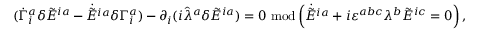
( \dot { \Gamma } _ { i } ^ { a } \delta \tilde { E } ^ { i a } - \dot { \tilde { E } ^ { i a } } \delta \Gamma _ { i } ^ { a } ) - \partial _ { i } ( i \hat { \lambda } ^ { a } \delta \tilde { E } ^ { i a } ) = 0 \ \mathrm { m o d } \left( \dot { \tilde { E } ^ { i a } } + i \varepsilon ^ { a b c } \lambda ^ { b } \tilde { E } ^ { i c } = 0 \right) ,